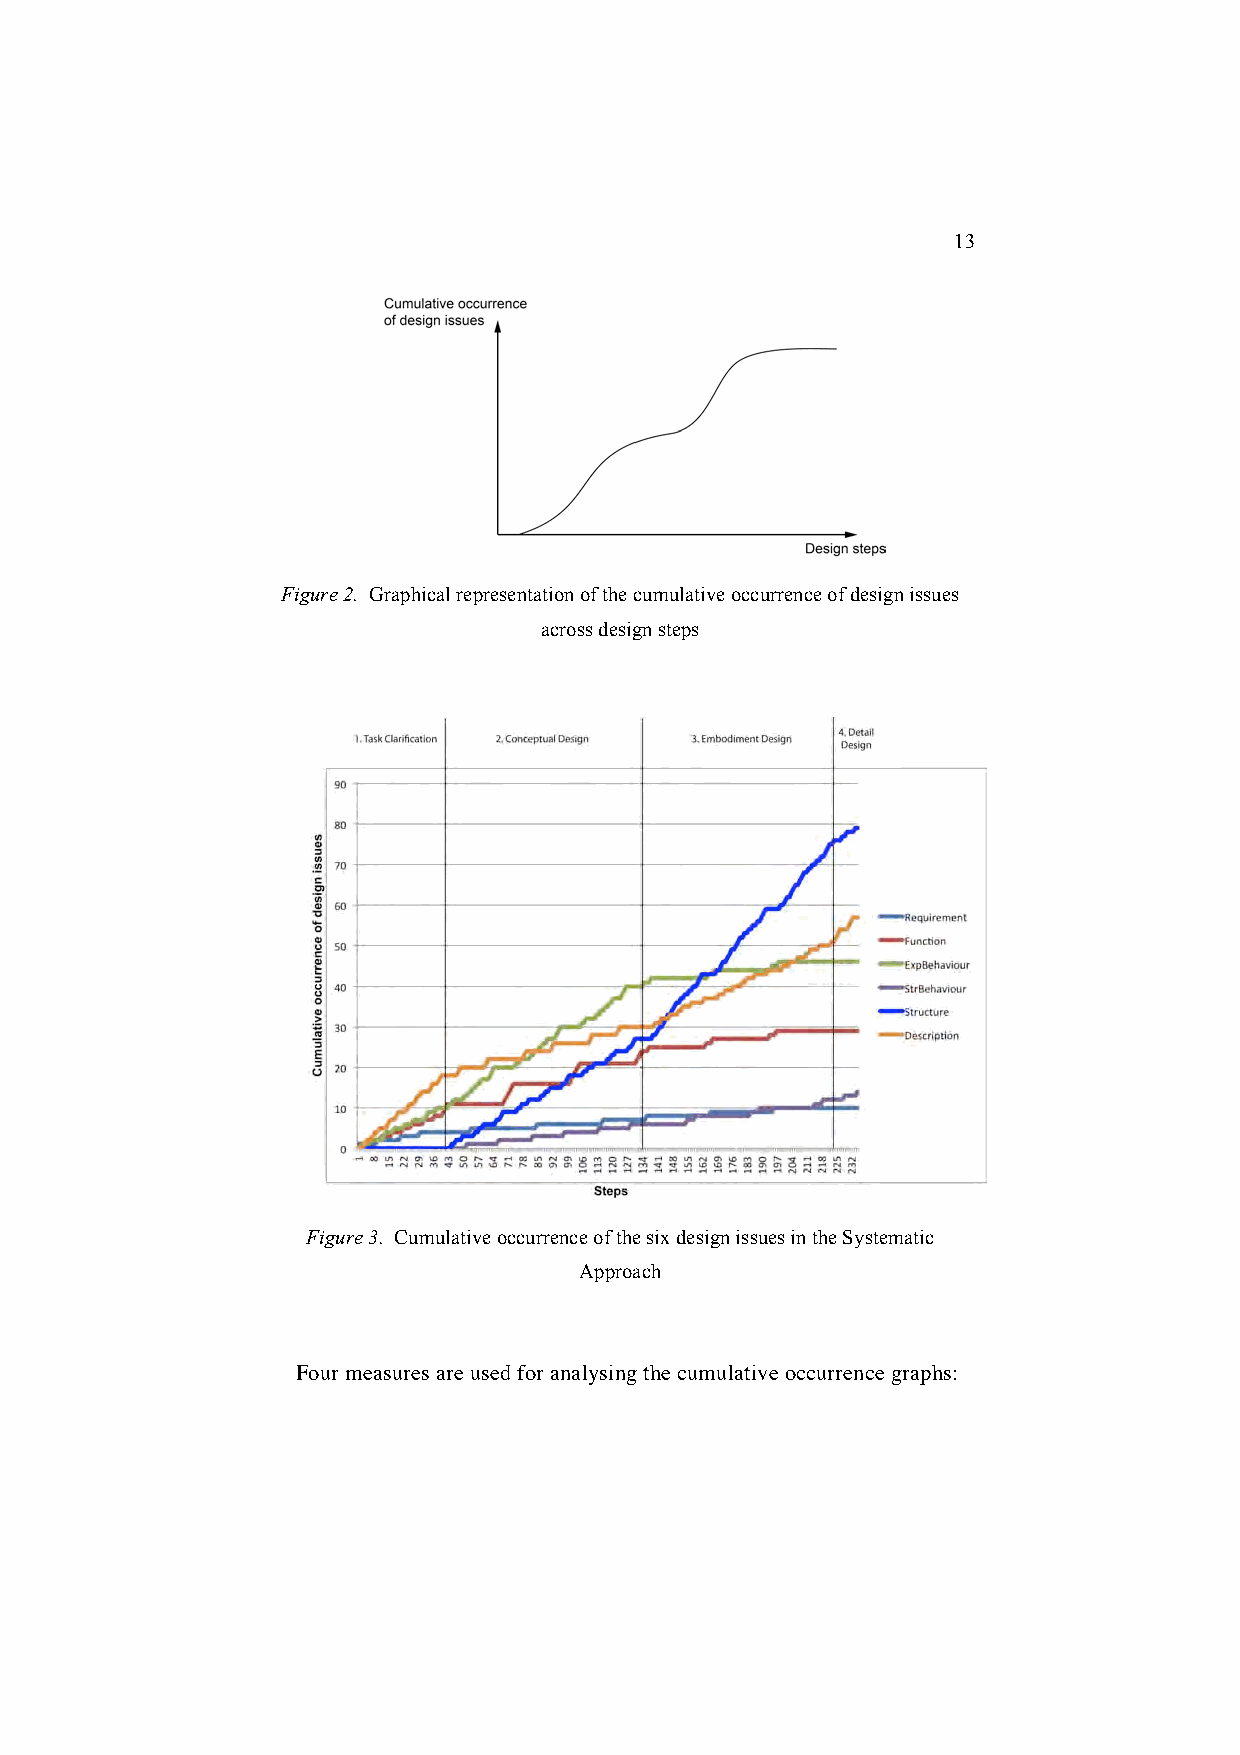
13
 Figure 2. Graphical representation of the cumulative occurrence of design issues
 across design steps
 Figure 3. Cumulative occurrence of the six design issues in the Systematic
 Approach
 Four measures are used for analysing the cumulative occurrence graphs: